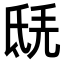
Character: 𣱎